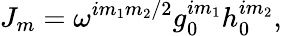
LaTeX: J_{m}=\omega^{im_{1}m_{2}/2}g_{0}^{im_{1}}h_{0}^{im_{2}},